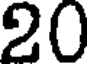
20